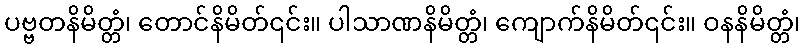
ပဗ္ဗတနိမိတ္တံ၊ တောင်နိမိတ်၎င်း။ ပါသာဏနိမိတ္တံ၊ ကျောက်နိမိတ်၎င်း။ ဝနနိမိတ္တံ၊